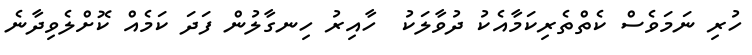
ހުރި ނަމަވެސް ކެތްތެރިކަމާއެކު ދުވާލަކު  ހާއިރު ހިނގާލުން ފަދަ ކަމެއް ކޮށްލެވިދާނެ